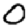
Digit: 0